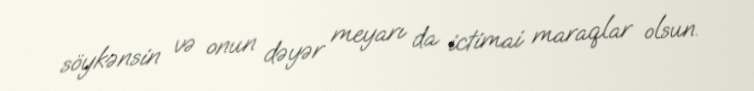
söykənsin və onun dəyər meyarı da ictimai maraqlar olsun.